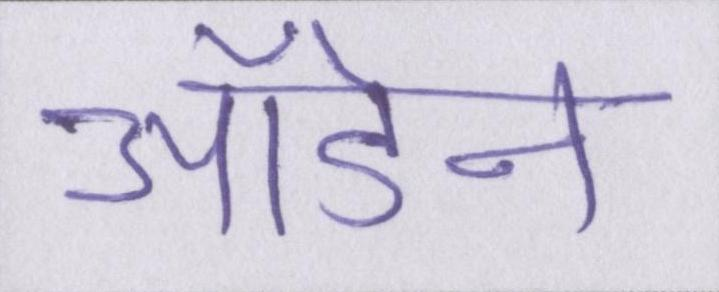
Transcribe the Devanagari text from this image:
ऑडेन